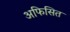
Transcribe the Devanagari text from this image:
अफिसित